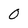
Character: 0